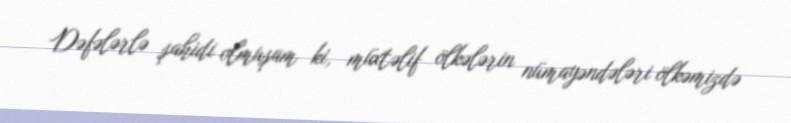
Dəfələrlə şahidi olmuşam ki, müxtəlif ölkələrin nümayəndələri ölkəmizdə